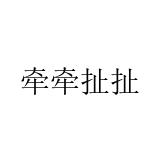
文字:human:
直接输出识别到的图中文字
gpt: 牵牵扯扯